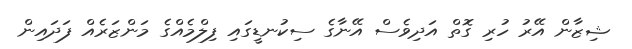
ޝިޒާން އޭރު ހުރި ގޮތް އަދިވެސް އޭނާގެ ސިކުނޑީގައި ފިލްމެއްގެ މަންޒަރެއް ފަދައިން